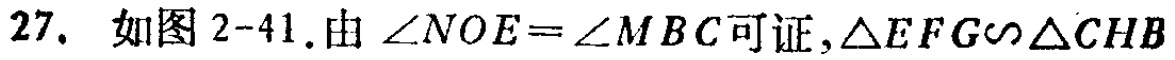
27. 如图2-41.由\(\angle NOE = \angle MBC\)可证，\(\triangle EFG\sim\triangle CHB\)